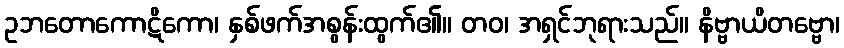
ဥဘတောကောဋိကော၊ နှစ်ဖက်အစွန်းထွက်၏။ တဝ၊ အရှင်ဘုရားသည်။ နိဗ္ဗာယိတဗ္ဗော၊